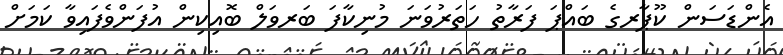
އެންޑަސަން ކޫޕާރގެ ބައްޕަ ފަރާތު ހަތަރުވަނަ މުނިކާފަ ބަރވަލް ބޮއިކިން އުފަންވެފައިވާ ކަމަށް